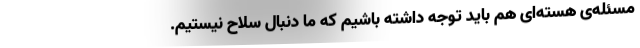
مسئله‌ی هسته‌ای هم باید توجه داشته باشیم که ما دنبال سلاح نیستیم.